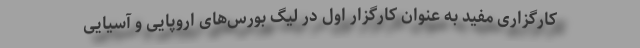
کارگزاری مفید به عنوان کارگزار اول در لیگ بورس‌های اروپایی و آسیایی